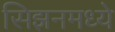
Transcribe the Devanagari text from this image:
सिझनमध्ये